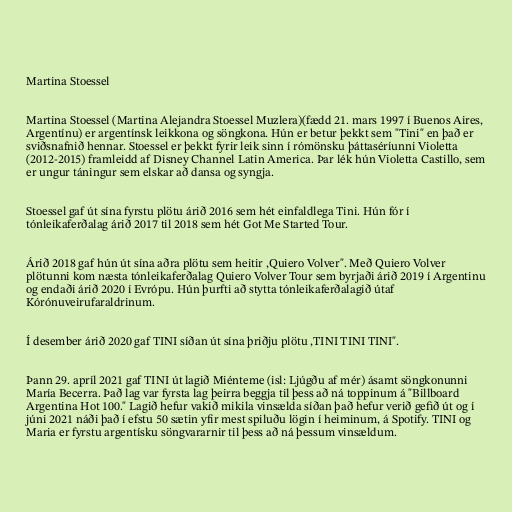
Martina Stoessel

Martina Stoessel (Martina Alejandra Stoessel Muzlera)(fædd 21. mars 1997 í Buenos Aires,
Argentínu) er argentínsk leikkona og söngkona. Hún er betur þekkt sem "Tini" en það er
sviðsnafnið hennar. Stoessel er þekkt fyrir leik sinn í rómönsku þáttaséríunni Violetta
(2012-2015) framleidd af Disney Channel Latin America. Þar lék hún Violetta Castillo, sem
er ungur táningur sem elskar að dansa og syngja.

Stoessel gaf út sína fyrstu plötu árið 2016 sem hét einfaldlega Tini. Hún fór í
tónleikaferðalag árið 2017 til 2018 sem hét Got Me Started Tour.

Árið 2018 gaf hún út sína aðra plötu sem heitir ,Quiero Volver". Með Quiero Volver
plötunni kom næsta tónleikaferðalag Quiero Volver Tour sem byrjaði árið 2019 í Argentinu
og endaði árið 2020 í Evrópu. Hún þurfti að stytta tónleikaferðalagið útaf
Kórónuveirufaraldrinum.

Í desember árið 2020 gaf TINI síðan út sína þriðju plötu ,TINI TINI TINI".

Þann 29. apríl 2021 gaf TINI út lagið Miénteme (isl: Ljúgðu af mér) ásamt söngkonunni
María Becerra. Það lag var fyrsta lag þeirra beggja til þess að ná toppinum á "Billboard
Argentina Hot 100." Lagið hefur vakið mikila vinsælda síðan það hefur verið gefið út og í
júni 2021 náði það í efstu 50 sætin yfir mest spiluðu lögin í heiminum, á Spotify. TINI og
Maria er fyrstu argentísku söngvararnir til þess að ná þessum vinsældum.